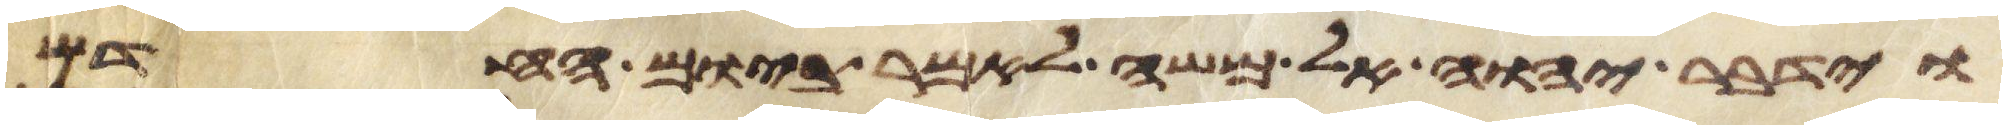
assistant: וידבר יהוה אל משה לאמר ביום החדש